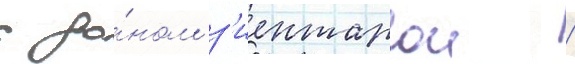
с до́ном з'иентарои /